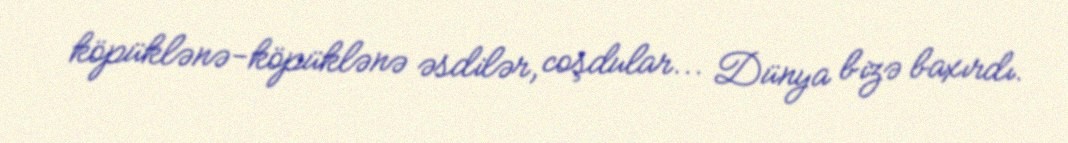
köpüklənə-köpüklənə əsdilər, coşdular... Dünya bizə baxırdı.